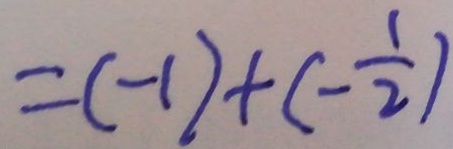
= ( - 1 ) + ( - \frac { 1 } { 2 } )